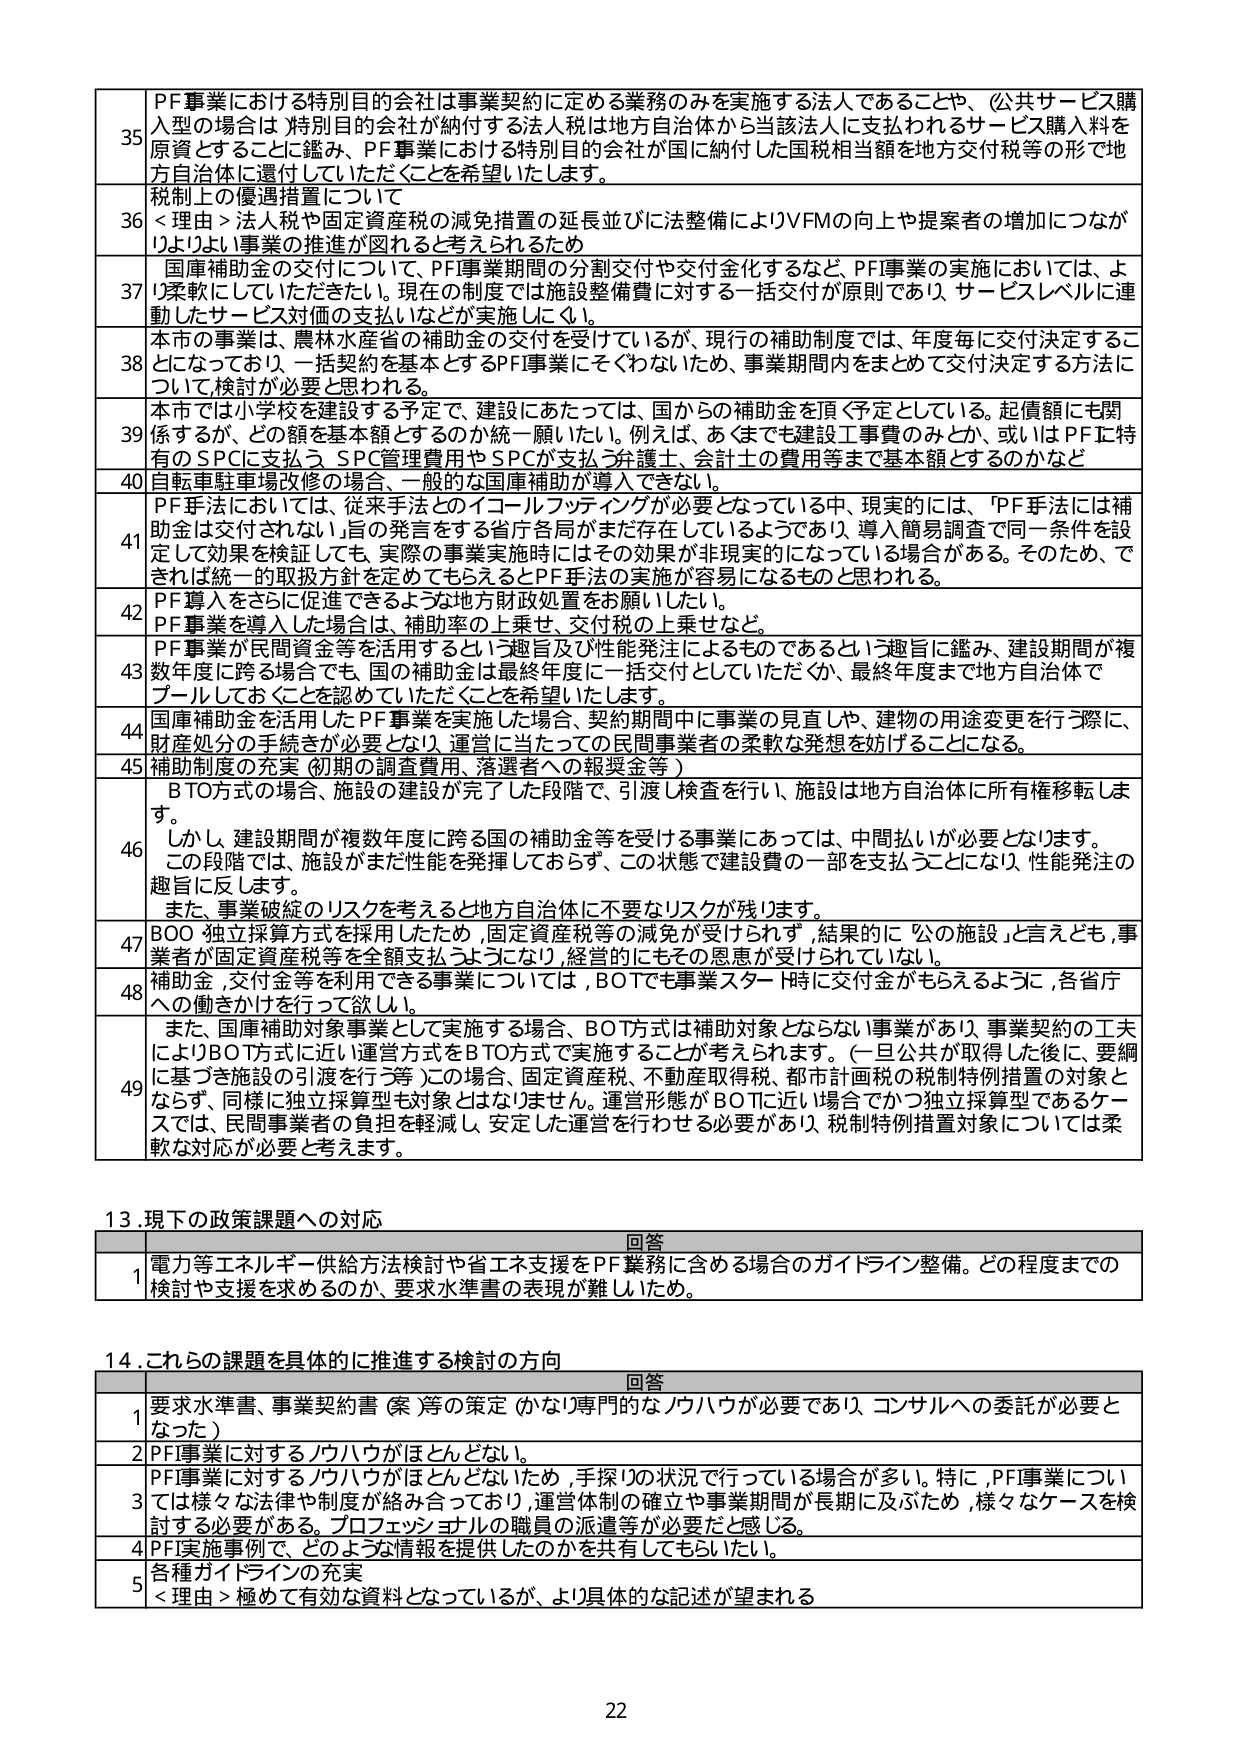
35 PF事業における特別目的会社は事業契約に定める業務のみを実施する法人であることや、(公共サービス購入型の場合は)特別目的会社が納付する法人税は地方自治体から当該法人に支払われるサービス購入料を原資とすることに鑑み、PF事業における特別目的会社が国に納付した国税相当額を地方交付税等の形で地方自治体に還付していただくことを希望いたします。

36 税制上の優遇措置について
<理由>法人税や固定資産税の減免措置の延長並びに法整備によりVFMの向上や提案者の増加につながりよりよい事業の推進が図れると考えられるため

37 国庫補助金の交付について、PF事業期間の分割交付や交付金化するなど、PF事業の実施においては、より柔軟にしていただきたい。現在の制度では施設整備費に対する一括交付が原則であり、サービスレベルに連動したサービス対価の支払いなどが実施しにくい。

38 本市の事業は、農林水産省の補助金の交付を受けているが、現行の補助制度では、年度毎に交付決定することになっており、一括契約を基本とするPF事業にそぐわないため、事業期間内をまとめて交付決定する方法について検討が必要と思われる。

39 本市では小学校を建設する予定で、建設にあたっては、国からの補助金を頂く予定としている。起債額にも関係するが、どの額を基本額とするのか統一願いたい。例えば、あくまでも建設工事費のみとか、或いはPFに特有のSPCに支払うSPC管理費用やSPCが支払う弁護士、会計士の費用等までを基本額とするのかなど

40 自転車駐車場改修の場合、一般的な国庫補助が導入できない。

41 PF手法においては、従来手法とのイコールフッティングが必要となっている中、現実的には、「PF手法には補助金は交付されない」旨の発言をする省庁各局がまだ存在しているようであり、導入簡易調査で同一条件を設定して効果を検証しても、実際の事業実施時にはその効果が非現実的になっている場合がある。そのため、できれば統一的取扱方針を定めてもらえるとPF手法の実施が容易になるものと思われる。

42 PF導入をさらに促進できるような地方財政処置をお願いしたい。
PF事業を導入した場合は、補助率の上乗せ、交付税の上乗せなど。

43 PF事業が民間資金等を活用するという趣旨及び性能発注によるものであるという趣旨に鑑み、建設期間が複数年度に跨る場合でも、国の補助金は最終年度に一括交付としていただくか、最終年度まで地方自治体でプールしておくことを認めていただくことを希望いたします。

44 国庫補助金を活用したPF事業を実施した場合、契約期間中に事業の見直しや、建物の用途変更を行う際に、財産処分の手続きが必要となり、運営に当たっての民間事業者の柔軟な発想を妨げることになる。

45 補助制度の充実（初期の調査費用、落選者への報奨金等）

46 BTO方式の場合、施設の建設が完了した段階で、引渡し検査を行い、施設は地方自治体に所有権移転します。
しかし、建設期間が複数年度に跨る国の補助金等を受ける事業にあっては、中間払いが必要となります。
この段階では、施設がまだ性能を発揮しておらず、この状態で建設費の一部を支払うことになり、性能発注の趣旨に反します。
また、事業破綻のリスクを考えると地方自治体に不要なリスクが残ります。

47 BOO 独立採算方式を採用したため、固定資産税等の減免が受けられず、結果的に「公の施設」と言えども、事業者が固定資産税等を全額支払うようになり、経営的にもその恩賞が受けられない。

48 補助金、交付金等を活用できる事業については、BOTでも事業スタート時に交付金がもらえるように、各省庁への働きかけを行って欲しい。

49 また、国庫補助対象事業として実施する場合、BOT方式は補助対象とならない事業があり、事業契約の工夫によりBOT方式に近い運営方式をBTO方式で実施することが考えられる。（一旦公共が取得した後に、要綱に基づき施設の引渡を行う等）この場合、固定資産税、不動産取得税、都市計画税の税制特例措置の対象とならず、同様に独立採算型も対象とはなりません。運営形態がBOTに近い場合でかつ独立採算型であるケースでは、民間事業者の負担を軽減し、安定した運営を行わせる必要があり、税制特例措置対象については柔軟な対応が必要と考ます。

13.現下の政策課題への対応
回答
1 電力等エネルギー供給方法検討や省エネ支援をPF業務に含める場合のガイドライン整備。どの程度までの検討や支援を求めるのか、要求水準書の表現が難しいため。

14.これらの課題を具体的に推進する検討の方向
回答
1 要求水準書、事業契約書（案）等の策定（かなり専門的なノウハウが必要であり、コンサルへの委託が必要となった）

2 PF事業に対するノウハウがほとんどない。

3 PF事業に対するノウハウがほとんどないため、手探りの状況で行っている場合が多い。特に、PF事業については様々な法律や制度が絡み合っており、運営体制の確立や事業期間が長期に及ぶため、様々なケースを検討する必要がある。プロフェッショナルの職員の派遣等が必要だと感じる。

4 PF実施事例で、どのような情報を提供したのかを共有してもらいたい。

5 各種ガイドラインの充実
<理由>極めて有効な資料となっているが、より具体的な記述が望まれる

22